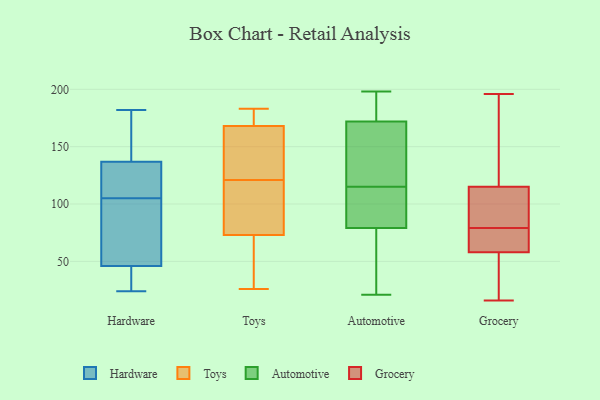
{"axis": {"x": "Bounce Rate (%)", "y": "Value"}, "legend": ["Automotive", "Grocery", "Hardware", "Toys"], "data": [{"x": "", "y": 182, "type": "Hardware"}, {"x": "", "y": 76, "type": "Hardware"}, {"x": "", "y": 139, "type": "Hardware"}, {"x": "", "y": 113, "type": "Hardware"}, {"x": "", "y": 163, "type": "Hardware"}, {"x": "", "y": 36, "type": "Hardware"}, {"x": "", "y": 113, "type": "Hardware"}, {"x": "", "y": 177, "type": "Hardware"}, {"x": "", "y": 105, "type": "Hardware"}, {"x": "", "y": 35, "type": "Hardware"}, {"x": "", "y": 102, "type": "Hardware"}, {"x": "", "y": 46, "type": "Hardware"}, {"x": "", "y": 113, "type": "Hardware"}, {"x": "", "y": 169, "type": "Hardware"}, {"x": "", "y": 130, "type": "Hardware"}, {"x": "", "y": 78, "type": "Hardware"}, {"x": "", "y": 46, "type": "Hardware"}, {"x": "", "y": 24, "type": "Hardware"}, {"x": "", "y": 45, "type": "Hardware"}, {"x": "", "y": 123, "type": "Toys"}, {"x": "", "y": 64, "type": "Toys"}, {"x": "", "y": 173, "type": "Toys"}, {"x": "", "y": 124, "type": "Toys"}, {"x": "", "y": 119, "type": "Toys"}, {"x": "", "y": 179, "type": "Toys"}, {"x": "", "y": 81, "type": "Toys"}, {"x": "", "y": 26, "type": "Toys"}, {"x": "", "y": 82, "type": "Toys"}, {"x": "", "y": 73, "type": "Toys"}, {"x": "", "y": 168, "type": "Toys"}, {"x": "", "y": 183, "type": "Toys"}, {"x": "", "y": 56, "type": "Toys"}, {"x": "", "y": 140, "type": "Toys"}, {"x": "", "y": 46, "type": "Automotive"}, {"x": "", "y": 108, "type": "Automotive"}, {"x": "", "y": 122, "type": "Automotive"}, {"x": "", "y": 79, "type": "Automotive"}, {"x": "", "y": 172, "type": "Automotive"}, {"x": "", "y": 191, "type": "Automotive"}, {"x": "", "y": 124, "type": "Automotive"}, {"x": "", "y": 195, "type": "Automotive"}, {"x": "", "y": 168, "type": "Automotive"}, {"x": "", "y": 60, "type": "Automotive"}, {"x": "", "y": 86, "type": "Automotive"}, {"x": "", "y": 100, "type": "Automotive"}, {"x": "", "y": 102, "type": "Automotive"}, {"x": "", "y": 198, "type": "Automotive"}, {"x": "", "y": 43, "type": "Automotive"}, {"x": "", "y": 145, "type": "Automotive"}, {"x": "", "y": 21, "type": "Automotive"}, {"x": "", "y": 174, "type": "Automotive"}, {"x": "", "y": 101, "type": "Grocery"}, {"x": "", "y": 135, "type": "Grocery"}, {"x": "", "y": 37, "type": "Grocery"}, {"x": "", "y": 77, "type": "Grocery"}, {"x": "", "y": 34, "type": "Grocery"}, {"x": "", "y": 69, "type": "Grocery"}, {"x": "", "y": 16, "type": "Grocery"}, {"x": "", "y": 152, "type": "Grocery"}, {"x": "", "y": 60, "type": "Grocery"}, {"x": "", "y": 81, "type": "Grocery"}, {"x": "", "y": 58, "type": "Grocery"}, {"x": "", "y": 176, "type": "Grocery"}, {"x": "", "y": 76, "type": "Grocery"}, {"x": "", "y": 196, "type": "Grocery"}, {"x": "", "y": 115, "type": "Grocery"}, {"x": "", "y": 54, "type": "Grocery"}, {"x": "", "y": 102, "type": "Grocery"}, {"x": "", "y": 99, "type": "Grocery"}]}